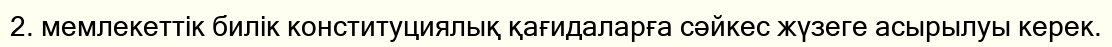
2. мемлекеттік билік конституциялық қағидаларға сәйкес жүзеге асырылуы керек.